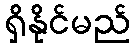
ရှိနိုင်မည်